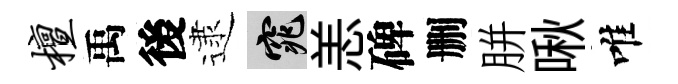
檀禹後逮窕恙碑删胼啾唯